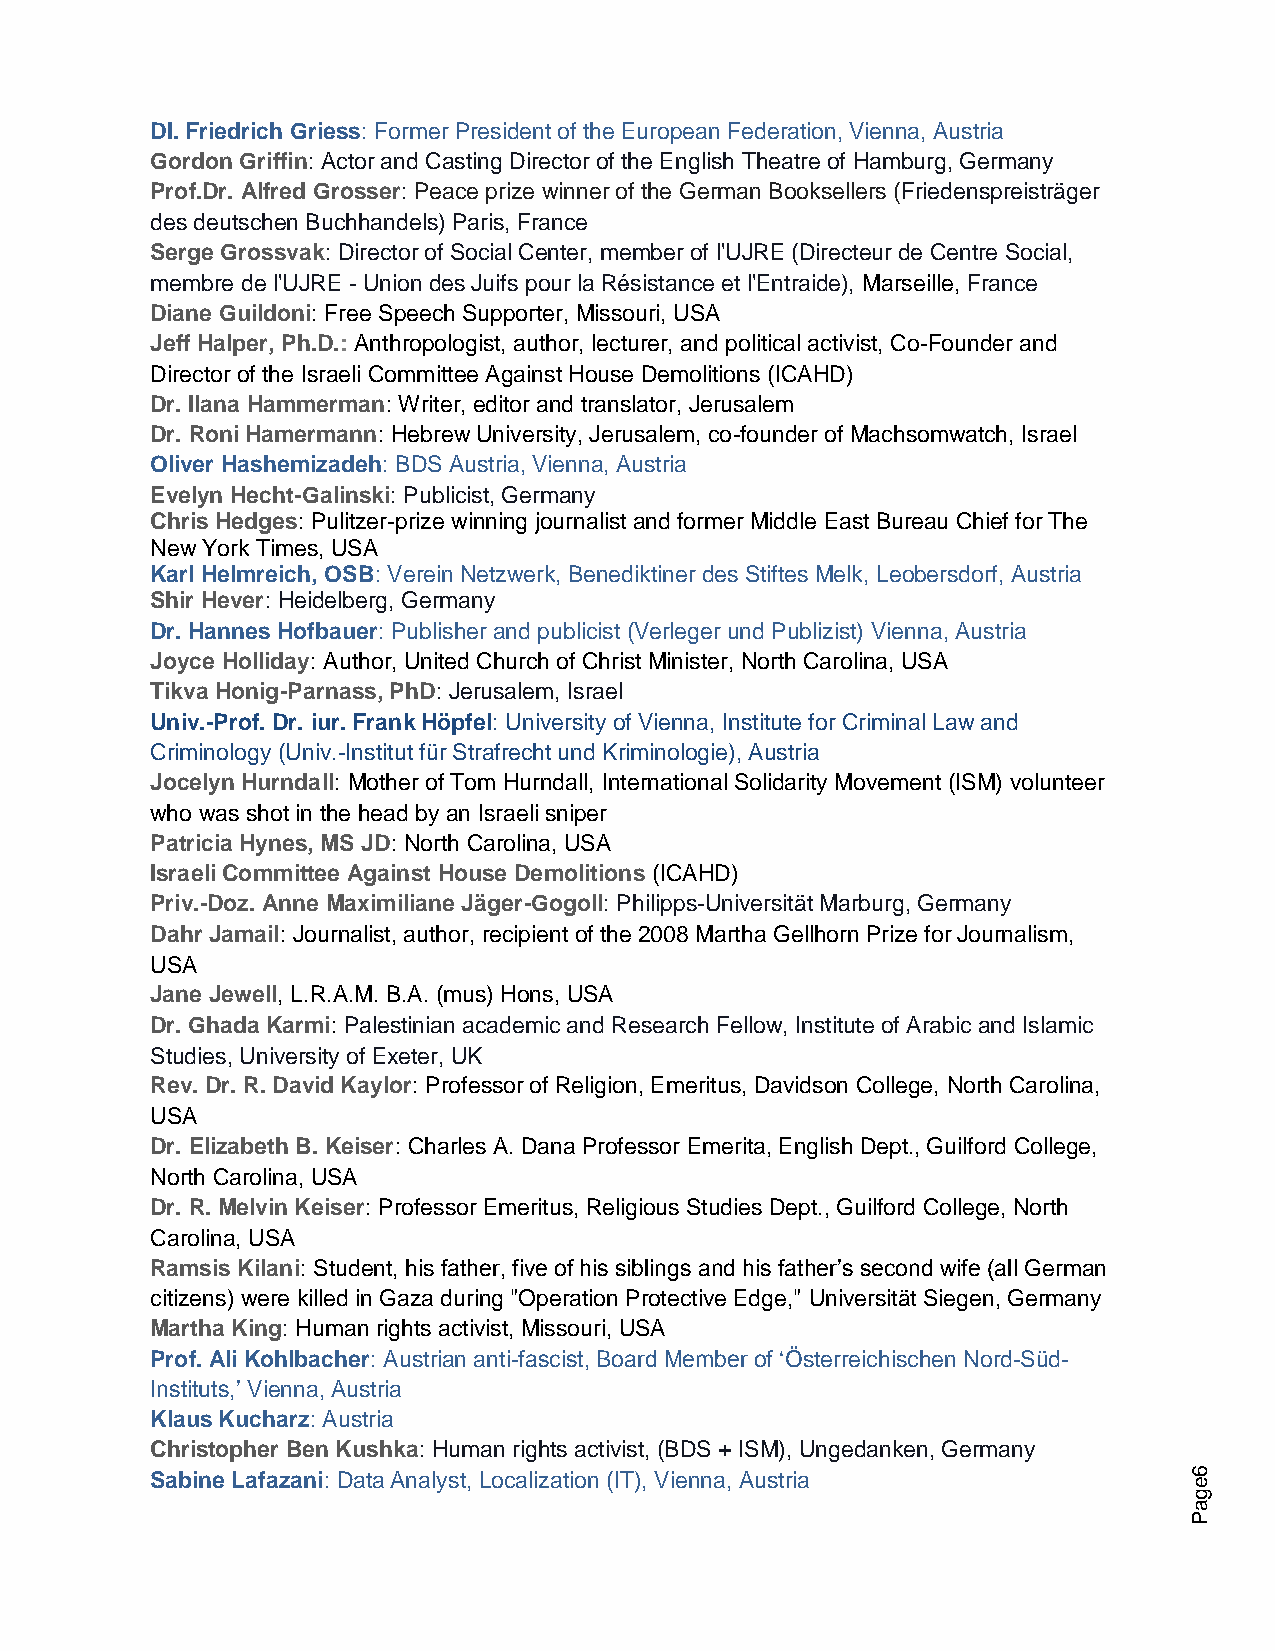
DI. Friedrich Griess: Former President of the European Federation, Vienna, Austria
 Gordon Griffin: Actor and Casting Director of the English Theatre of Hamburg, Germany
 Prof.Dr. Alfred Grosser: Peace prize winner of the German Booksellers (Friedenspreisträger
 des deutschen Buchhandels) Paris, France
 Serge Grossvak: Director of Social Center, member of l'UJRE (Directeur de Centre Social,
 membre de l'UJRE - Union des Juifs pour la Résistance et l'Entraide), Marseille, France
 Diane Guildoni: Free Speech Supporter, Missouri, USA
 Jeff Halper, Ph.D.: Anthropologist, author, lecturer, and political activist, Co-Founder and
 Director of the Israeli Committee Against House Demolitions (ICAHD)
 Dr. Ilana Hammerman: Writer, editor and translator, Jerusalem
 Dr. Roni Hamermann: Hebrew University, Jerusalem, co-founder of Machsomwatch, Israel
 Oliver Hashemizadeh: BDS Austria, Vienna, Austria
 Evelyn Hecht-Galinski: Publicist, Germany
 Chris Hedges: Pulitzer-prize winning journalist and former Middle East Bureau Chief for The
 New York Times, USA
 Karl Helmreich, OSB: Verein Netzwerk, Benediktiner des Stiftes Melk, Leobersdorf, Austria
 Shir Hever: Heidelberg, Germany
 Dr. Hannes Hofbauer: Publisher and publicist (Verleger und Publizist) Vienna, Austria
 Joyce Holliday: Author, United Church of Christ Minister, North Carolina, USA
 Tikva Honig-Parnass, PhD: Jerusalem, Israel
 Univ.-Prof. Dr. iur. Frank Höpfel: University of Vienna, Institute for Criminal Law and
 Criminology (Univ.-Institut für Strafrecht und Kriminologie), Austria
 Jocelyn Hurndall: Mother of Tom Hurndall, International Solidarity Movement (ISM) volunteer
 who was shot in the head by an Israeli sniper
 Patricia Hynes, MS JD: North Carolina, USA
 Israeli Committee Against House Demolitions (ICAHD)
 Priv.-Doz. Anne Maximiliane Jäger-Gogoll: Philipps-Universität Marburg, Germany
 Dahr Jamail: Journalist, author, recipient of the 2008 Martha Gellhorn Prize for Journalism,
 USA
 Jane Jewell, L.R.A.M. B.A. (mus) Hons, USA
 Dr. Ghada Karmi: Palestinian academic and Research Fellow, Institute of Arabic and Islamic
 Studies, University of Exeter, UK
 Rev. Dr. R. David Kaylor: Professor of Religion, Emeritus, Davidson College, North Carolina,
 USA
 Dr. Elizabeth B. Keiser: Charles A. Dana Professor Emerita, English Dept., Guilford College,
 North Carolina, USA
 Dr. R. Melvin Keiser: Professor Emeritus, Religious Studies Dept., Guilford College, North
 Carolina, USA
 Ramsis Kilani: Student, his father, five of his siblings and his father’s second wife (all German
 citizens) were killed in Gaza during "Operation Protective Edge," Universität Siegen, Germany
 Martha King: Human rights activist, Missouri, USA
 Prof. Ali Kohlbacher: Austrian anti-fascist, Board Member of ‘Österreichischen Nord-Süd-
 Instituts,’ Vienna, Austria
 Klaus Kucharz: Austria
 Christopher Ben Kushka: Human rights activist, (BDS + ISM), Ungedanken, Germany
 Sabine Lafazani: Data Analyst, Localization (IT), Vienna, Austria    6
 e
 g
 a
 P